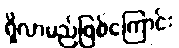
ရှိလာမည်ဖြစ်ကြောင်း